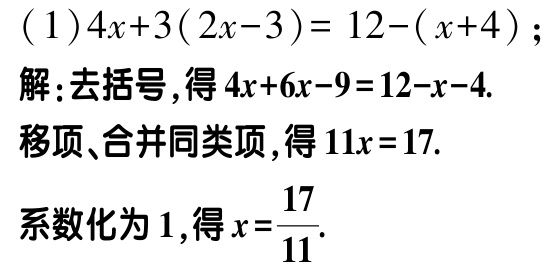
(1)\(4x + 3(2x - 3)=12-(x + 4)\);

解:去括号,得\(4x + 6x - 9 = 12 - x - 4\).

移项、合并同类项,得\(11x = 17\).

系数化为\(1\),得\(x=\frac{17}{11}\).